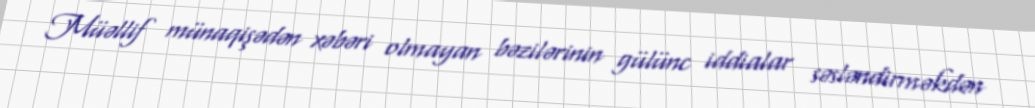
Müəllif münaqişədən xəbəri olmayan bəzilərinin gülünc iddialar səsləndirməkdən